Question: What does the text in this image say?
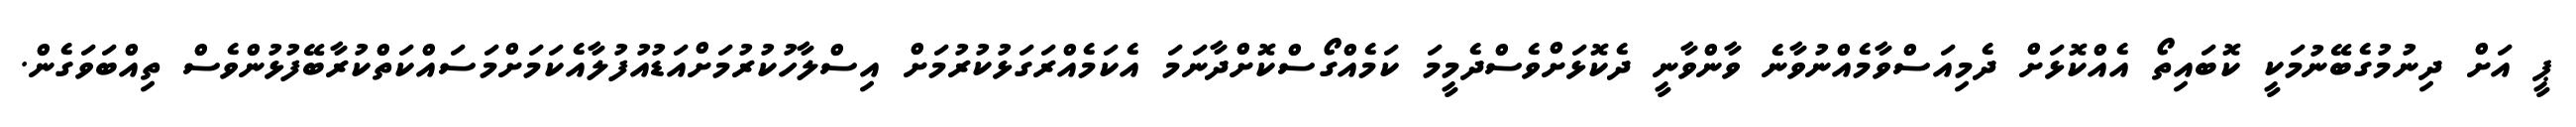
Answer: ޕީ އަށް ދިނުމުގެބޭނުމަކީ ކޮބައިތޯ އެއްކޮޅަށް ދެމިއަސްވާމެއްނުވާނެ ވާންވާނީ ދެކޮޅަށްވެސްދެމީމަ ކަމެއްގޯސްކޮށްދާނަމަ އެކަމެއްރަގަޅުކުރުމަށް އިސްލާހުކުރުމަށްއަޑުއުފުލާއެކަމަށްމަސައްކަތްކުރާބޭފުޅުންވެސް ތިއްބަވަގެން.